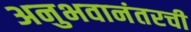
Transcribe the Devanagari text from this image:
अनुभवानंतरची